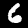
Digit: 6